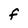
Character: F